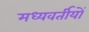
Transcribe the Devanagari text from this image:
मध्यवर्तीयों